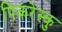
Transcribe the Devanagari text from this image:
पिकरेस्कु